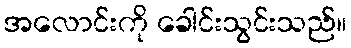
အလောင်းကို ခေါင်းသွင်းသည်။